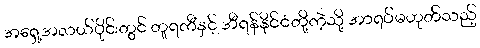
အရှေ့အလယ်ပိုင်းတွင် တူရကီနှင့် အီရန်နိုင်ငံတို့ကဲ့သို့ အာရပ်မဟုတ်သည့်